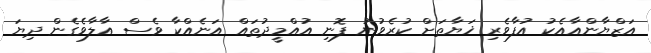
އަޒްޔާންއާއެކު އުފާވެރި ޚަޔާތަށް ކުރެވުނު ފޮނި އުއްމީދުތައް އަނެއްކާ ވެސް އާލާވެގެން ދިޔަ